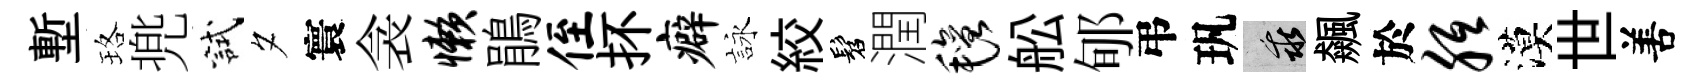
塹珞兠試夕寰衾懒鵑侄抔癖詠絞髫潤毡舩郇弔㺬乖飆於胝漠世𠵊